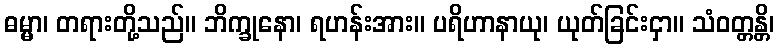
ဓမ္မာ၊ တရားတို့သည်။ ဘိက္ခုနော၊ ရဟန်းအား။ ပရိဟာနာယု၊ ယုတ်ခြင်းငှာ။ သံဝတ္တန္တိ၊